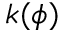
k ( \phi )